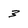
Character: 3